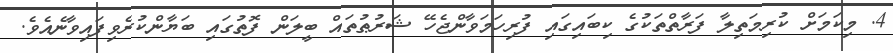
4. މިކަމަށް ކުރިމަތިލާ ފަރާތްތަކުގެ ކިބައިގައި ފުރިހަމަވާންޖެހޭ ޝަރުޠުތައް ބީލަން ފޮތުގައި ބަޔާންކުރެވިފައިވާނެއެވެ.